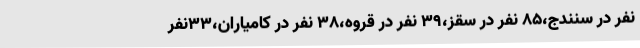
نفر در سنندج،85 نفر در سقز،39 نفر در قروه،38 نفر در کامیاران،33نفر